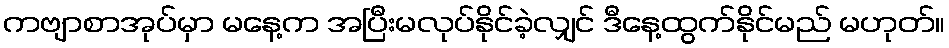
ကဗျာစာအုပ်မှာ မနေ့က အပြီးမလုပ်နိုင်ခဲ့လျှင် ဒီနေ့ထွက်နိုင်မည် မဟုတ်။